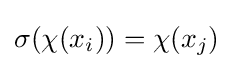
\sigma (\chi (x_{i}))=\chi (x_{j})